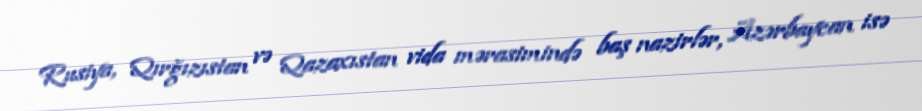
Rusiya, Qırğızıstan və Qazaxıstan vida mərasimində baş nazirlər, Azərbaycan isə